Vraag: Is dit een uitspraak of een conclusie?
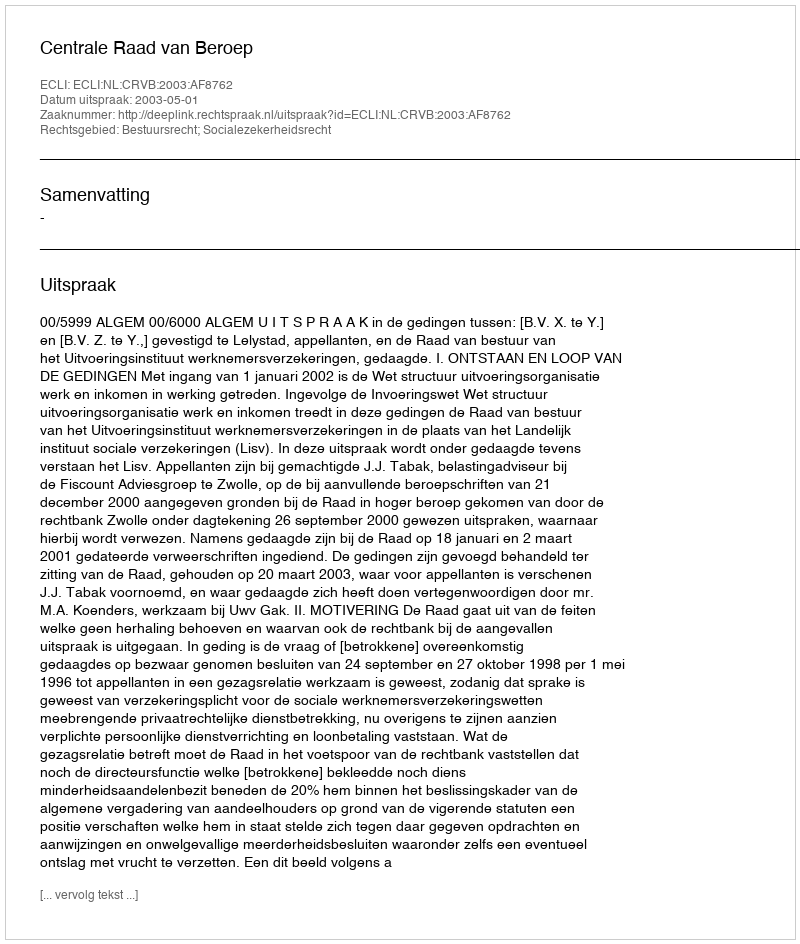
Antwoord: Uitspraak